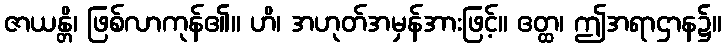
ဇာယန္တိ၊ ဖြစ်လာကုန်၏။ ဟိ၊ အဟုတ်အမှန်အားဖြင့်။ ဧတ္ထ၊ ဤအရာဌာန၌။